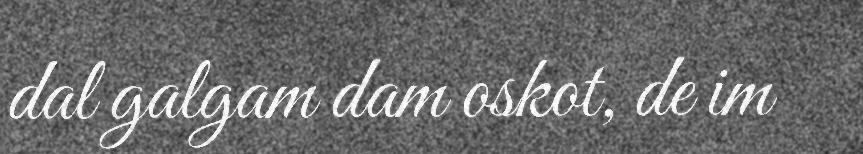
dal galgam dam oskot, de im